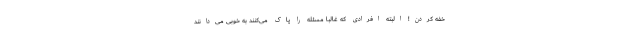
خفه کردن! البته افرادی که غالباً مسئله را پاک می‌کنند به خوبی می‌دانند